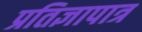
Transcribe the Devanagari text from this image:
प्रतिज्ञापात्र